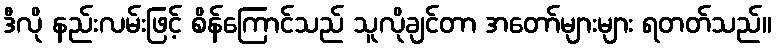
ဒီလို နည်းလမ်းဖြင့် စိန်ကြောင်သည် သူလိုချင်တာ အတော်များများ ရတတ်သည်။